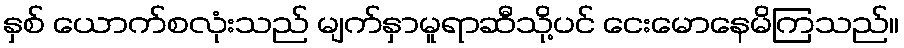
နှစ် ယောက်စလုံးသည် မျက်နှာမူရာဆီသို့ပင် ငေးမောနေမိကြသည်။